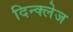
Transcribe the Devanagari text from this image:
दिन्क्लेज